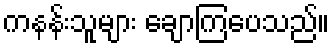
ကနန်းသူများ ချောကြပေသည်။